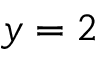
y = 2